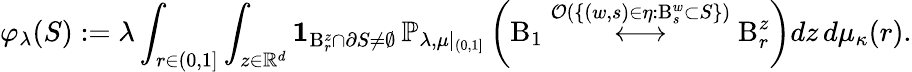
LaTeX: \varphi_{\lambda}(S):=\lambda\int_{r\in(0,1]}\int_{z\in\mathbb{R}^{d}}\mathbf{1}_{\mathrm B_{r}^{z}\cap\partial S\neq\emptyset}\, \mathbb{P}_{\lambda,\mu|_{(0,1]}}\left(\mathrm B_{1}\stackrel{\mathcal{O}(\{ (w,s)\in\eta:\mathrm B_{s}^{w}\subset S\} )}{\longleftrightarrow}\mathrm B_{r}^{z}\right)dz\, d\mu_{\kappa}(r).